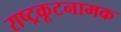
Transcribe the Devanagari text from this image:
राष्ट्रकूटनामक